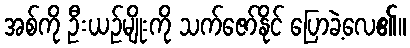
အစ်ကို ဦးယဉ်မျိုးကို သက်ဇော်နိုင် ပြောခဲ့လေ၏။